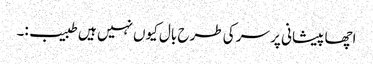
اچھا پیشانی پر سر کی طرح بال کیوں نہیں ہیں طبیب:۔